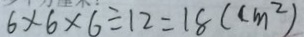
6 \times 6 \times 6 \div 1 2 = 1 8 ( c m ^ { 2 } )